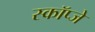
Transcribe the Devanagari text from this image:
स्कॉप्जे